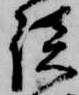
談